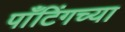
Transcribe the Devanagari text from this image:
पाँटिंगच्या